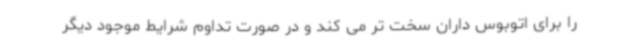
را برای اتوبوس داران سخت تر می کند و در صورت تداوم شرایط موجود دیگر